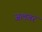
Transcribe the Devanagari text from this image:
जलवर